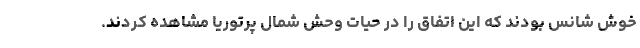
خوش شانس بودند که این اتفاق را در حیات وحش شمال پرتوریا مشاهده کردند.